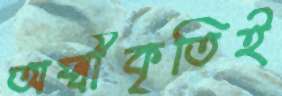
অস্বীকৃতিই